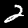
Label: 2